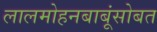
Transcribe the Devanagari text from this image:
लालमोहनबाबूंसोबत